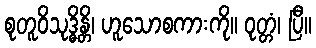
စုတူဝိသုဒ္ဓိန္တိ၊ ဟူသောစကားကို။ ဝုတ္တံ၊ ပြီ။